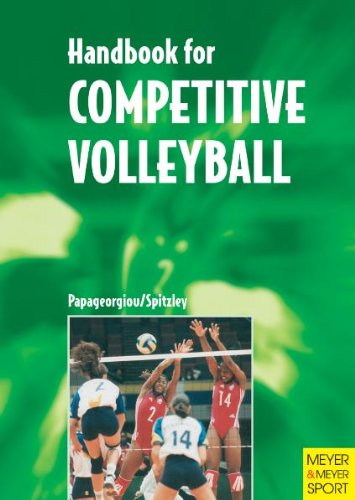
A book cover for Handbook for Competitive Volleyball; Athanasios Papageorgiou; Sports & Outdoors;